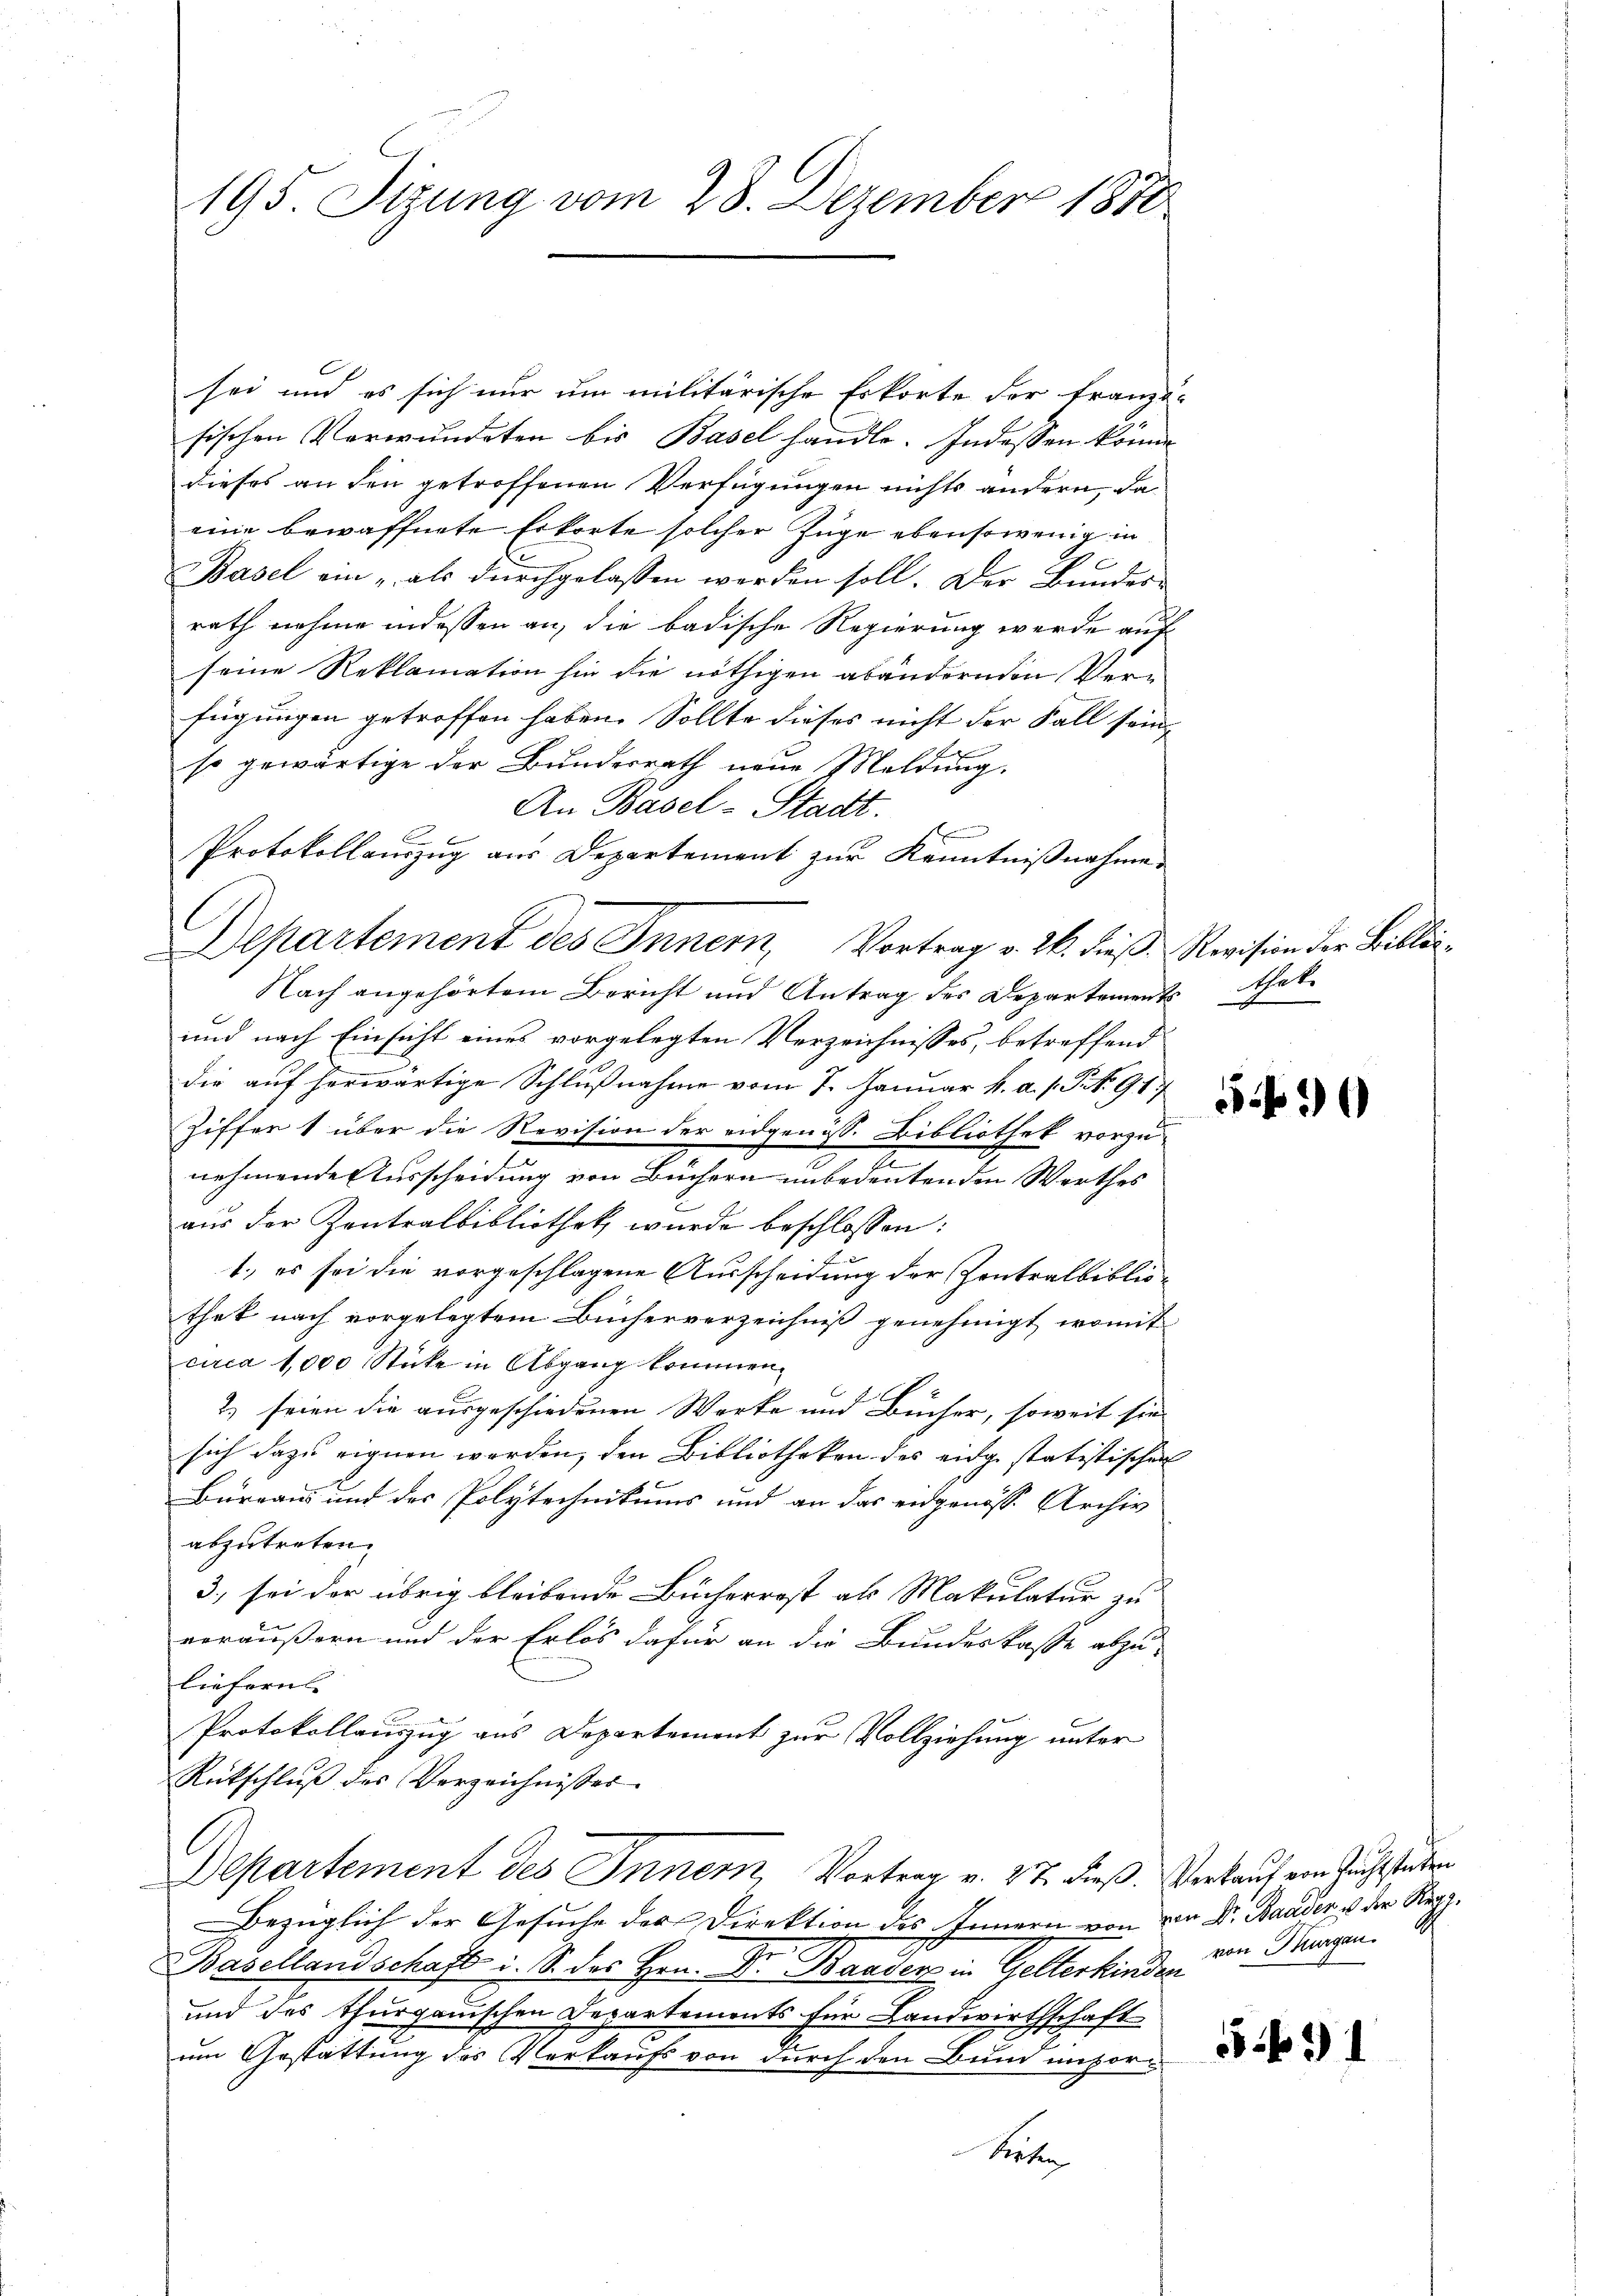
195. Sizung vom 28. Dezember 1880

sei und es sich nur um militärische Erkorte der Franzö-
sischen Verwundeten bis Basel handle. Indessen könne
dieses an den getroffenen Verfügungen nichts andern, da
eine bewaffnete Erkorte solcher Zuge ebensowenig in
Basel ein „als durchgelassen werden soll. Der Bunder-
rath nahme indessen an, die badische Regierung werde auf
seine Reklamation hin die nöthigen abändernden Verfügungen getroffen haben. Sollte dieses nicht der Fall seine
so gewärtige der Bundesrath neue Meldung.
An Basel-Stadt.
9
Protokollauszug aus Departement zur Kenntnißnahme
Nach angehörtem Bericht und Antrag des Departements habe
und nach Einsicht eines vorgelegten Verzeichnisses, betreffend
die auf herwärtige Schlußnahme vom 7. Januar v. a. s. St. G. 17
Ziffer 1 über die Revision der eidgenöss. Bibliothek vorzunehmende Ausscheidung von Büchern unbedeutenden Werthes
aus der Zentralbibliothek wurde beschlossen:
1.) es sei die vorgeschlagene Ausscheidung der Kontralbibliothek nach vorgelegtem Bücherverzeichniß genehmigt, womit
circa 1,000 Stücke in Abgang kommen.
2) seien die ausgeschiedenen Werke und Bücher, soweit sie
sich dazu eignen werden, den Bibliotheken des eidge statistischen
Bureaus und der Polytechnikums und an das eidgenöss. Archiv
abzutreten.
3., sei der übrig bleibende Bücherrost als Makulatur zu
veräußern und der Erlös dafür an die Bundeskasse abzulieferns
Protokollauszug aus Departement zur Vollziehung unter
Rütschlŭβ des Verzeichnisser
Departement des Innern, Vortrag v. 27. dieß. Verkauf von Zuchtsteten
bezüglich der Gesuche der Direktion des Innern von den Dr. Bauder u der Reg.
e
Basellandschaft i. S. des Hrn. Dr. Baader in Gelterkinden
und des thurgauischen Departements für Landwirthschaft
um Gestattung des Verkaufs von durch den Bund unpor¬
Siehen

Departement des Innern, Vortrag v. 26. dieß. Revision der Bibli¬

50

591

von Turgen.